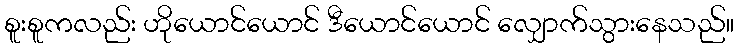
စူးစူကလည်း ဟိုယောင်ယောင် ဒီယောင်ယောင် လျှောက်သွားနေသည်။